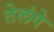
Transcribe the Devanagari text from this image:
तेलंगे